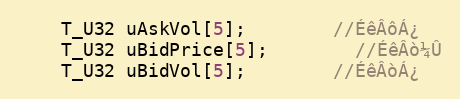
Language: C
	T_U32 uAskVol[5];		//ÉêÂôÁ¿
	T_U32 uBidPrice[5];		//ÉêÂò¼Û
	T_U32 uBidVol[5];		//ÉêÂòÁ¿